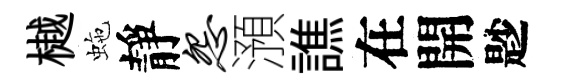
樾虵靜怨澦譙在開尟